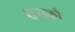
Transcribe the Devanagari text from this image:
शसकौ